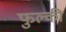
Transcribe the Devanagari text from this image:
फुल्‍की